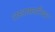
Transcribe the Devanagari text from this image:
रास्टाफ़ारियन